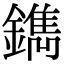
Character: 鐫